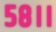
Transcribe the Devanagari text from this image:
५८।।